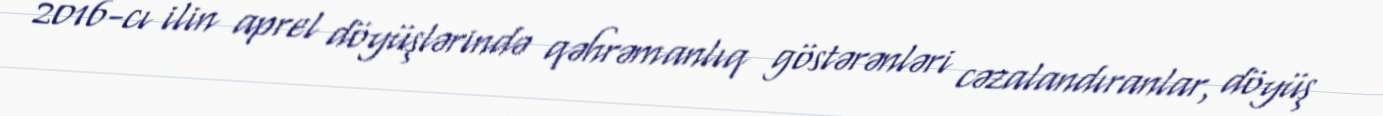
2016-cı ilin aprel döyüşlərində qəhrəmanlıq göstərənləri cəzalandıranlar, döyüş